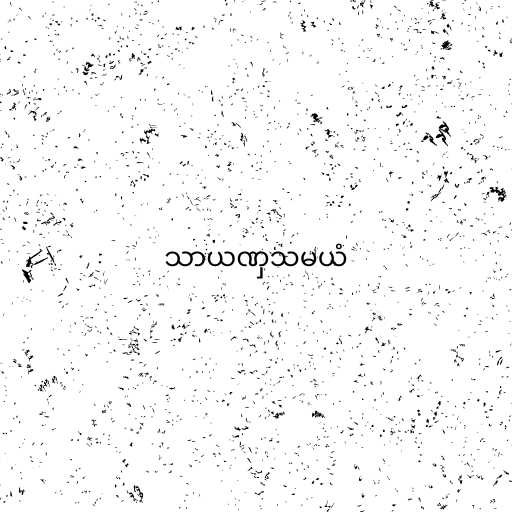
သာယဏှသမယံ